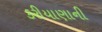
કરીયાણાની